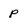
Character: p